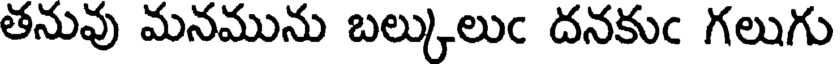
తనువు మనమును బల్కులుఁ దనకుఁ గలుగు